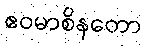
ဧဝမာစိနတော